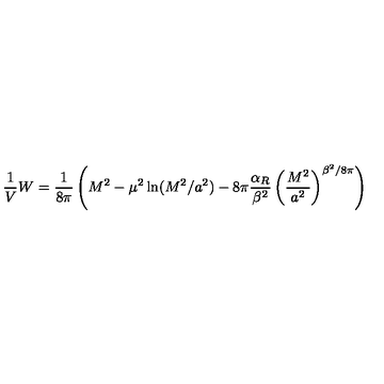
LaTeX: \frac { 1 } { V } W = \frac { 1 } { 8 \pi } \left( M ^ { 2 } - \mu ^ { 2 } \ln ( M ^ { 2 } / a ^ { 2 } ) - 8 \pi \frac { \alpha _ { R } } { \beta ^ { 2 } } \left( \frac { M ^ { 2 } } { a ^ { 2 } } \right) ^ { \beta ^ { 2 } / 8 \pi } \right)